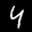
Label: 4